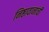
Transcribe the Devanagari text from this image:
निष्ठावानांची